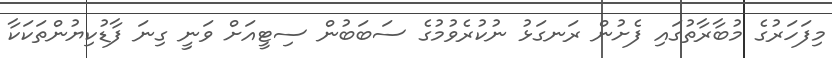
މިފަހަރުގެ މުބާރާތުގައި ފެށުން ރަނގަޅު ނުކުރެވުމުގެ ސަބަބުން ސިޓީއަށް ވަނީ ގިނަ ފާޑުކިޔުންތަކަކާ